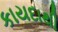
કાયદાથી